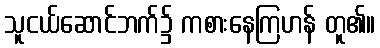
သူငယ်ဆောင်ဘက်၌ ကစားနေကြဟန် တူ၏။